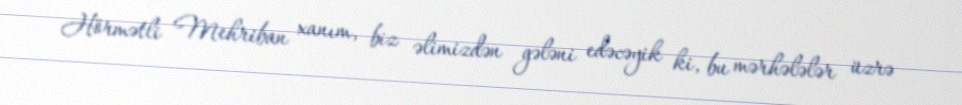
Hörmətli Mehriban xanım, biz əlimizdən gələni edəcəyik ki, bu mərhələlər üzrə